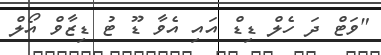
"ވަޓް ދަ ހެލް ޑިޑް އައި އެވާ ޑޫ ޓު ޑިޒާވް އޯލް